Etiology and epidemiology of plague
Disease focus: Plague
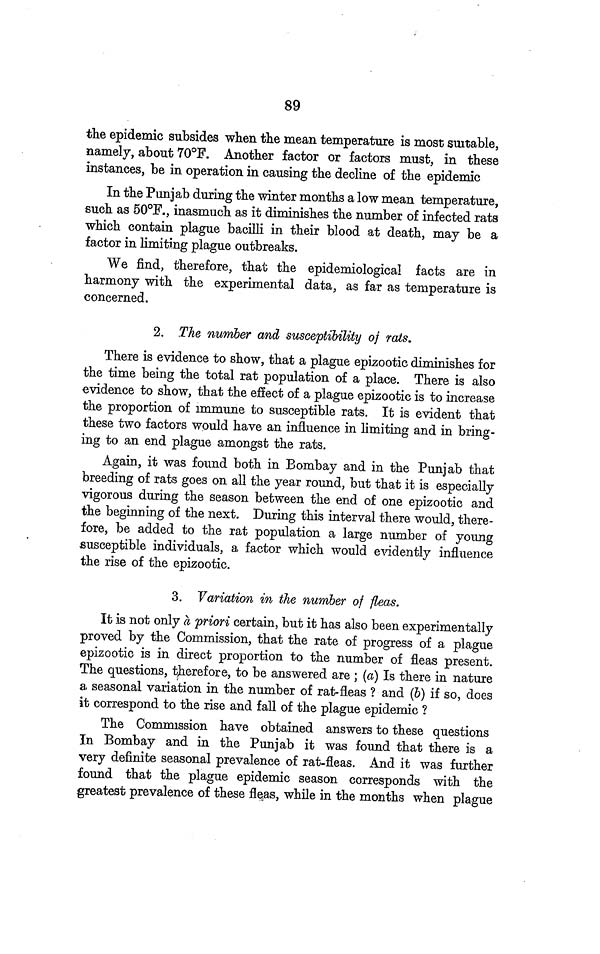
89
the epidemic subsides when the mean temperature is most suitable,
namely, about 70°F. Another factor or factors must, in these
instances, be in operation in causing the decline of the epidemic
In the Punjab during the winter months a low mean temperature,
such as 50°F., inasmuch as it diminishes the number of infected rats
which contain plague bacilli in their blood at death, may be a
factor in limiting plague outbreaks.
We find, therefore, that the epidemiological facts are in
harmony with the experimental data, as far as temperature is
concerned.
2. The number and susceptibility of rats.
There is evidence to show, that a plague epizootic diminishes for
the time being the total rat population of a place. There is also
evidence to show, that the effect of a plague epizootic is to increase
the proportion of immune to susceptible rats. It is evident that
these two factors would have an influence in limiting and in bring-
ing to an end plague amongst the rats.
Again, it was found both in Bombay and in the Punjab that
breeding of rats goes on all the year round, but that it is especially
vigorous during the season between the end of one epizootic and
the beginning of the next. During this interval there would, there-
fore, be added to the rat population a large number of young
susceptible individuals, a factor which would evidently influence
the rise of the epizootic.
3. Variation in the number of fleas.
It is not only a priori certain, but it has also been experimentally
proved by the Commission, that the rate of progress of a plague
epizootic is in direct proportion to the number of fleas present.
The questions, therefore, to be answered are ; (a) Is there in nature
a seasonal variation in the number of rat-fleas ? and (b) if so, does
it correspond to the rise and fall of the plague epidemic ?
The Commission have obtained answers to these questions
In Bombay and in the Punjab it was found that there is a
very definite seasonal prevalence of rat-fleas. And it was further
found that the plague epidemic season corresponds with the
greatest prevalence of these fleas, while in the months when plague